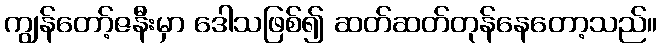
ကျွန်တော့်ဇနီးမှာ ဒေါသဖြစ်၍ ဆတ်ဆတ်တုန်နေတော့သည်။